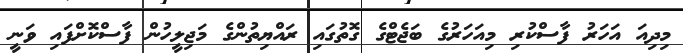
މިދިއަ އަހަރު ފާސްކުރި މިއަހަރުގެ ބަޖެޓްގެ ގޮތުގައި ރައްޔިތުންގެ މަޖިލީހުން ފާސްކޮށްފައި ވަނީ